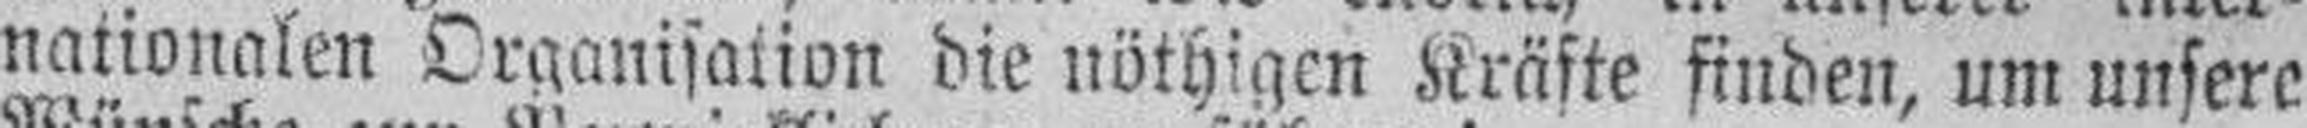
nationalen Organisation die nöthigen Kräfte finden, um unsere